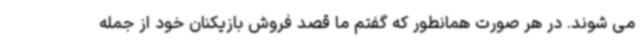
می شوند. در هر صورت همانطور که گفتم ما قصد فروش بازیکنان خود از جمله